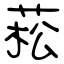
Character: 菘